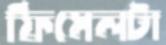
ফিমেলটা